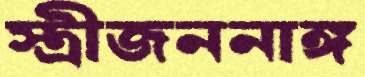
স্ত্রীজননাঙ্গ